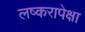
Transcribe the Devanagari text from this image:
लष्करापेक्षा